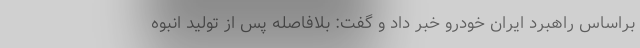
براساس راهبرد ایران خودرو خبر داد و گفت: بلافاصله پس از تولید انبوه